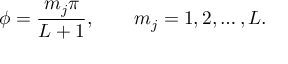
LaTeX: \phi = \frac { m _ { j } \pi } { L + 1 } , \qquad m _ { j } = 1 , 2 , \ldots , L .